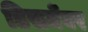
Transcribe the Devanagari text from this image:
डिसमेंबर